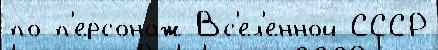
по п'ерсона́ж Вс'ел'енной СССР